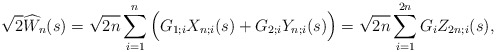
\begin{align*} \sqrt{2}\widehat{W}_n(s) = \sqrt{2n} \sum_{i=1}^{n} \Big(G_{1;i}X_{n;i}(s) + G_{2;i}Y_{n;i}(s)\Big) = \sqrt{2n} \sum_{i=1}^{2n} G_{i} Z_{2n;i}(s),\end{align*}